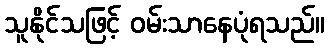
သူနိုင်သဖြင့် ဝမ်းသာနေပုံရသည်။